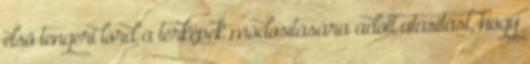
első tengeri lord a térképek módosítására adott utasítást, hogy